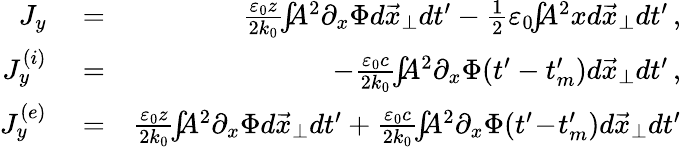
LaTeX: \begin{array}{rlr}{J_{y}}&{{}=}&{\frac{\varepsilon_{0}z}{2k_{0}}\! \! \int\! \! \! A^{2}\partial_{x}\Phi d\vec{x}_{\perp}dt^{\prime}-\frac{1}{2}\varepsilon_{0}\! \! \int\! \! \! A^{2}xd\vec{x}_{\perp}dt^{\prime}\, ,}\\ {J_{y}^{(i)}}&{{}=}&{-\frac{\varepsilon_{0}c}{2k_{0}}\! \! \int\! \! \! A^{2}\partial_{x}\Phi(t^{\prime}-t_{m}^{\prime})d\vec{x}_{\perp}dt^{\prime}\, ,}\\ {J_{y}^{(e)}}&{{}=}&{\frac{\varepsilon_{0}z}{2k_{0}}\! \! \int\! \! \! A^{2}\partial_{x}\Phi d\vec{x}_{\perp}dt^{\prime}+\frac{\varepsilon_{0}c}{2k_{0}}\! \! \int\! \! \! A^{2}\partial_{x}\Phi(t^{\prime}\! -\! t_{m}^{\prime})d\vec{x}_{\perp}dt^{\prime}}\end{array}